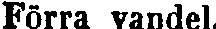
Förra vandel.